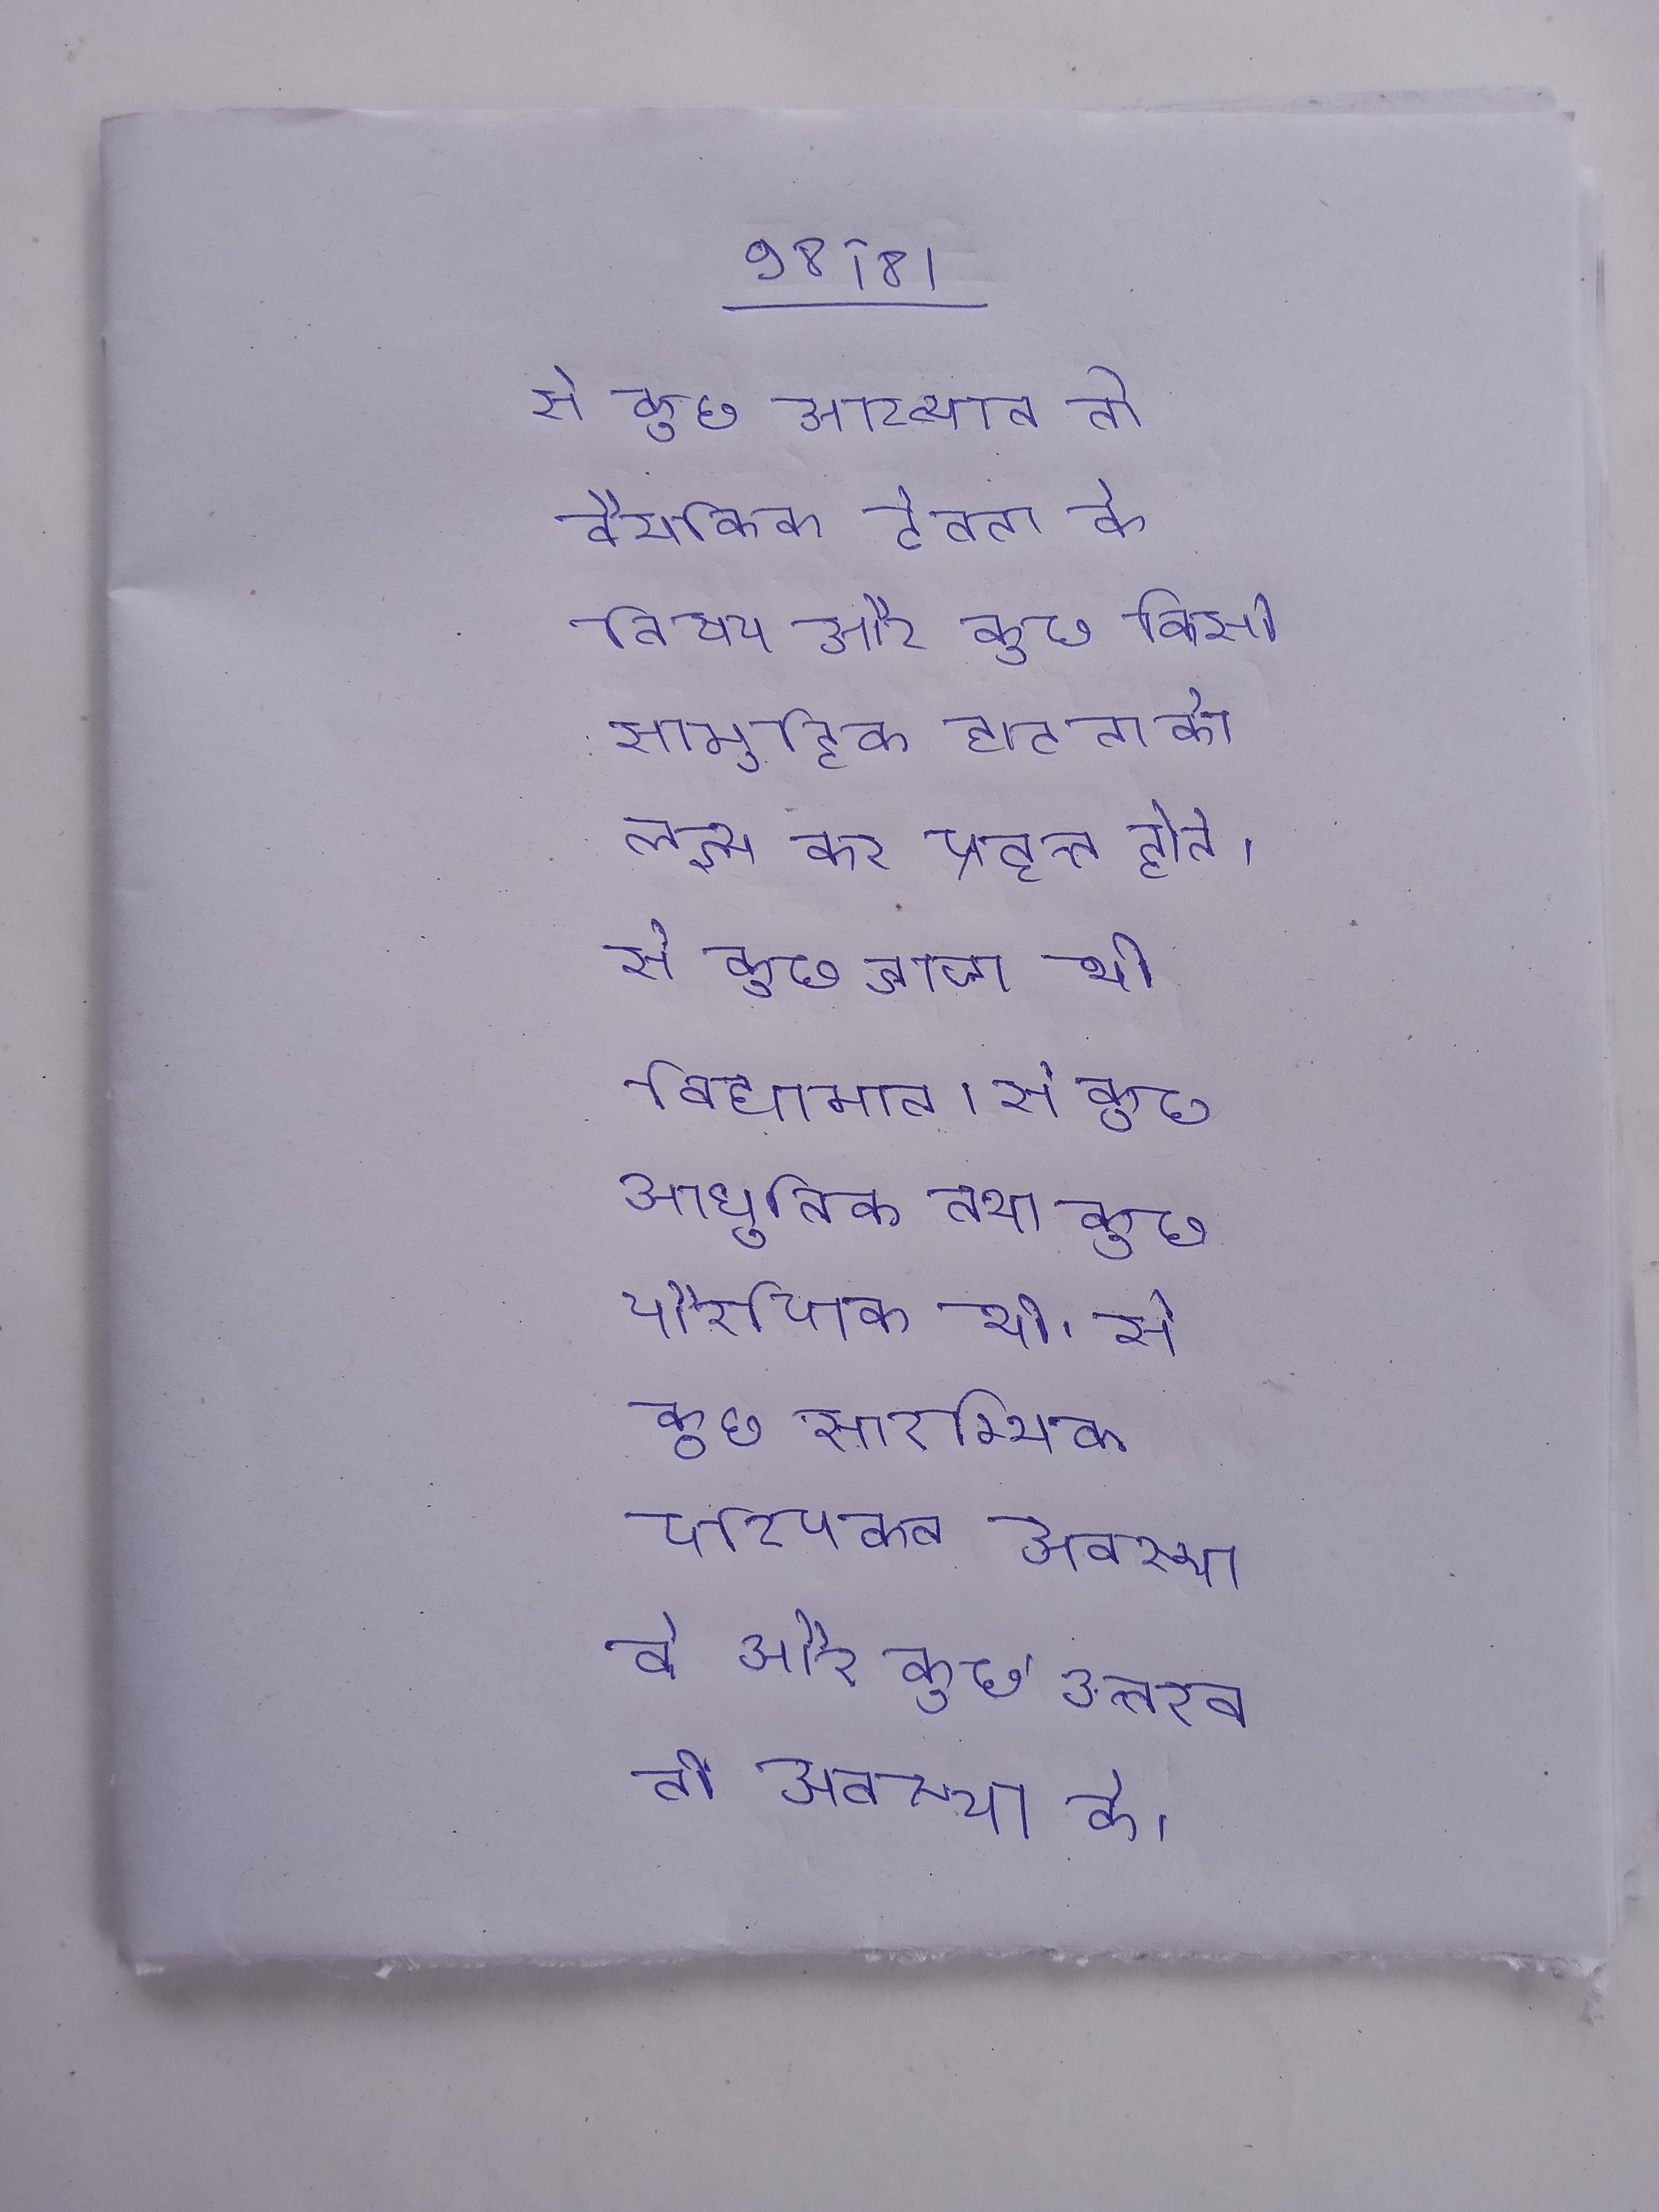
से कुछ आख्यान तो वैयक्तिक देवता के विषय और कुछ किसी सामूहिक घटना को लक्ष्य कर प्रवृत्त होते । से कुछ आज भी विद्यमान । से कुछ आधुनिक तथा कुछ पौराणिक भी । से कुछ आरम्भिक अवस्था के तो कुछ परिपक्व अवस्था के और कुछ उत्तरवर्ती अवस्था के ।